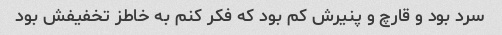
سرد بود و قارچ و پنیرش کم بود که فکر کنم به خاطز تخفیفش بود